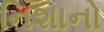
નિશાનો